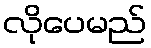
လိုပေမည်